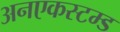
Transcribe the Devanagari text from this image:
अनएकस्टम्ड